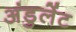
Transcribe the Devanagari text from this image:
अंडुलेंट